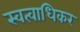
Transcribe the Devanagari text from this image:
स्वत्वाधिकर